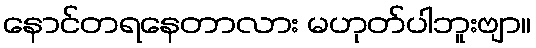
နောင်တရနေတာလား မဟုတ်ပါဘူးဗျာ။